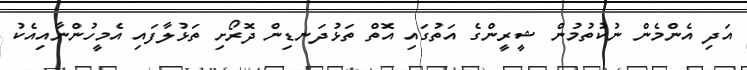
އަދި އެންމެން ނުކުތުމުން ޝީރީންގެ އަތުގައި އޮތް ތަޅުދަނޑިން ދޮރޯށި ތަޅުލާފައި އެމީހުންނާއިއެކު